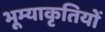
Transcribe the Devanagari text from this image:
भूम्याकृतियों